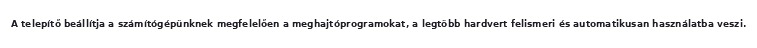
A telepítő beállítja a számítógépünknek megfelelően a meghajtóprogramokat, a legtöbb hardvert felismeri és automatikusan használatba veszi.